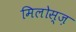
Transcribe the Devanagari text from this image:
मिलोस्ज़